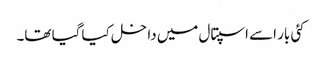
کئی بار اسے اسپتال میں داخل کیا گیا تھا۔